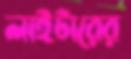
লাইটারের